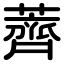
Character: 薺